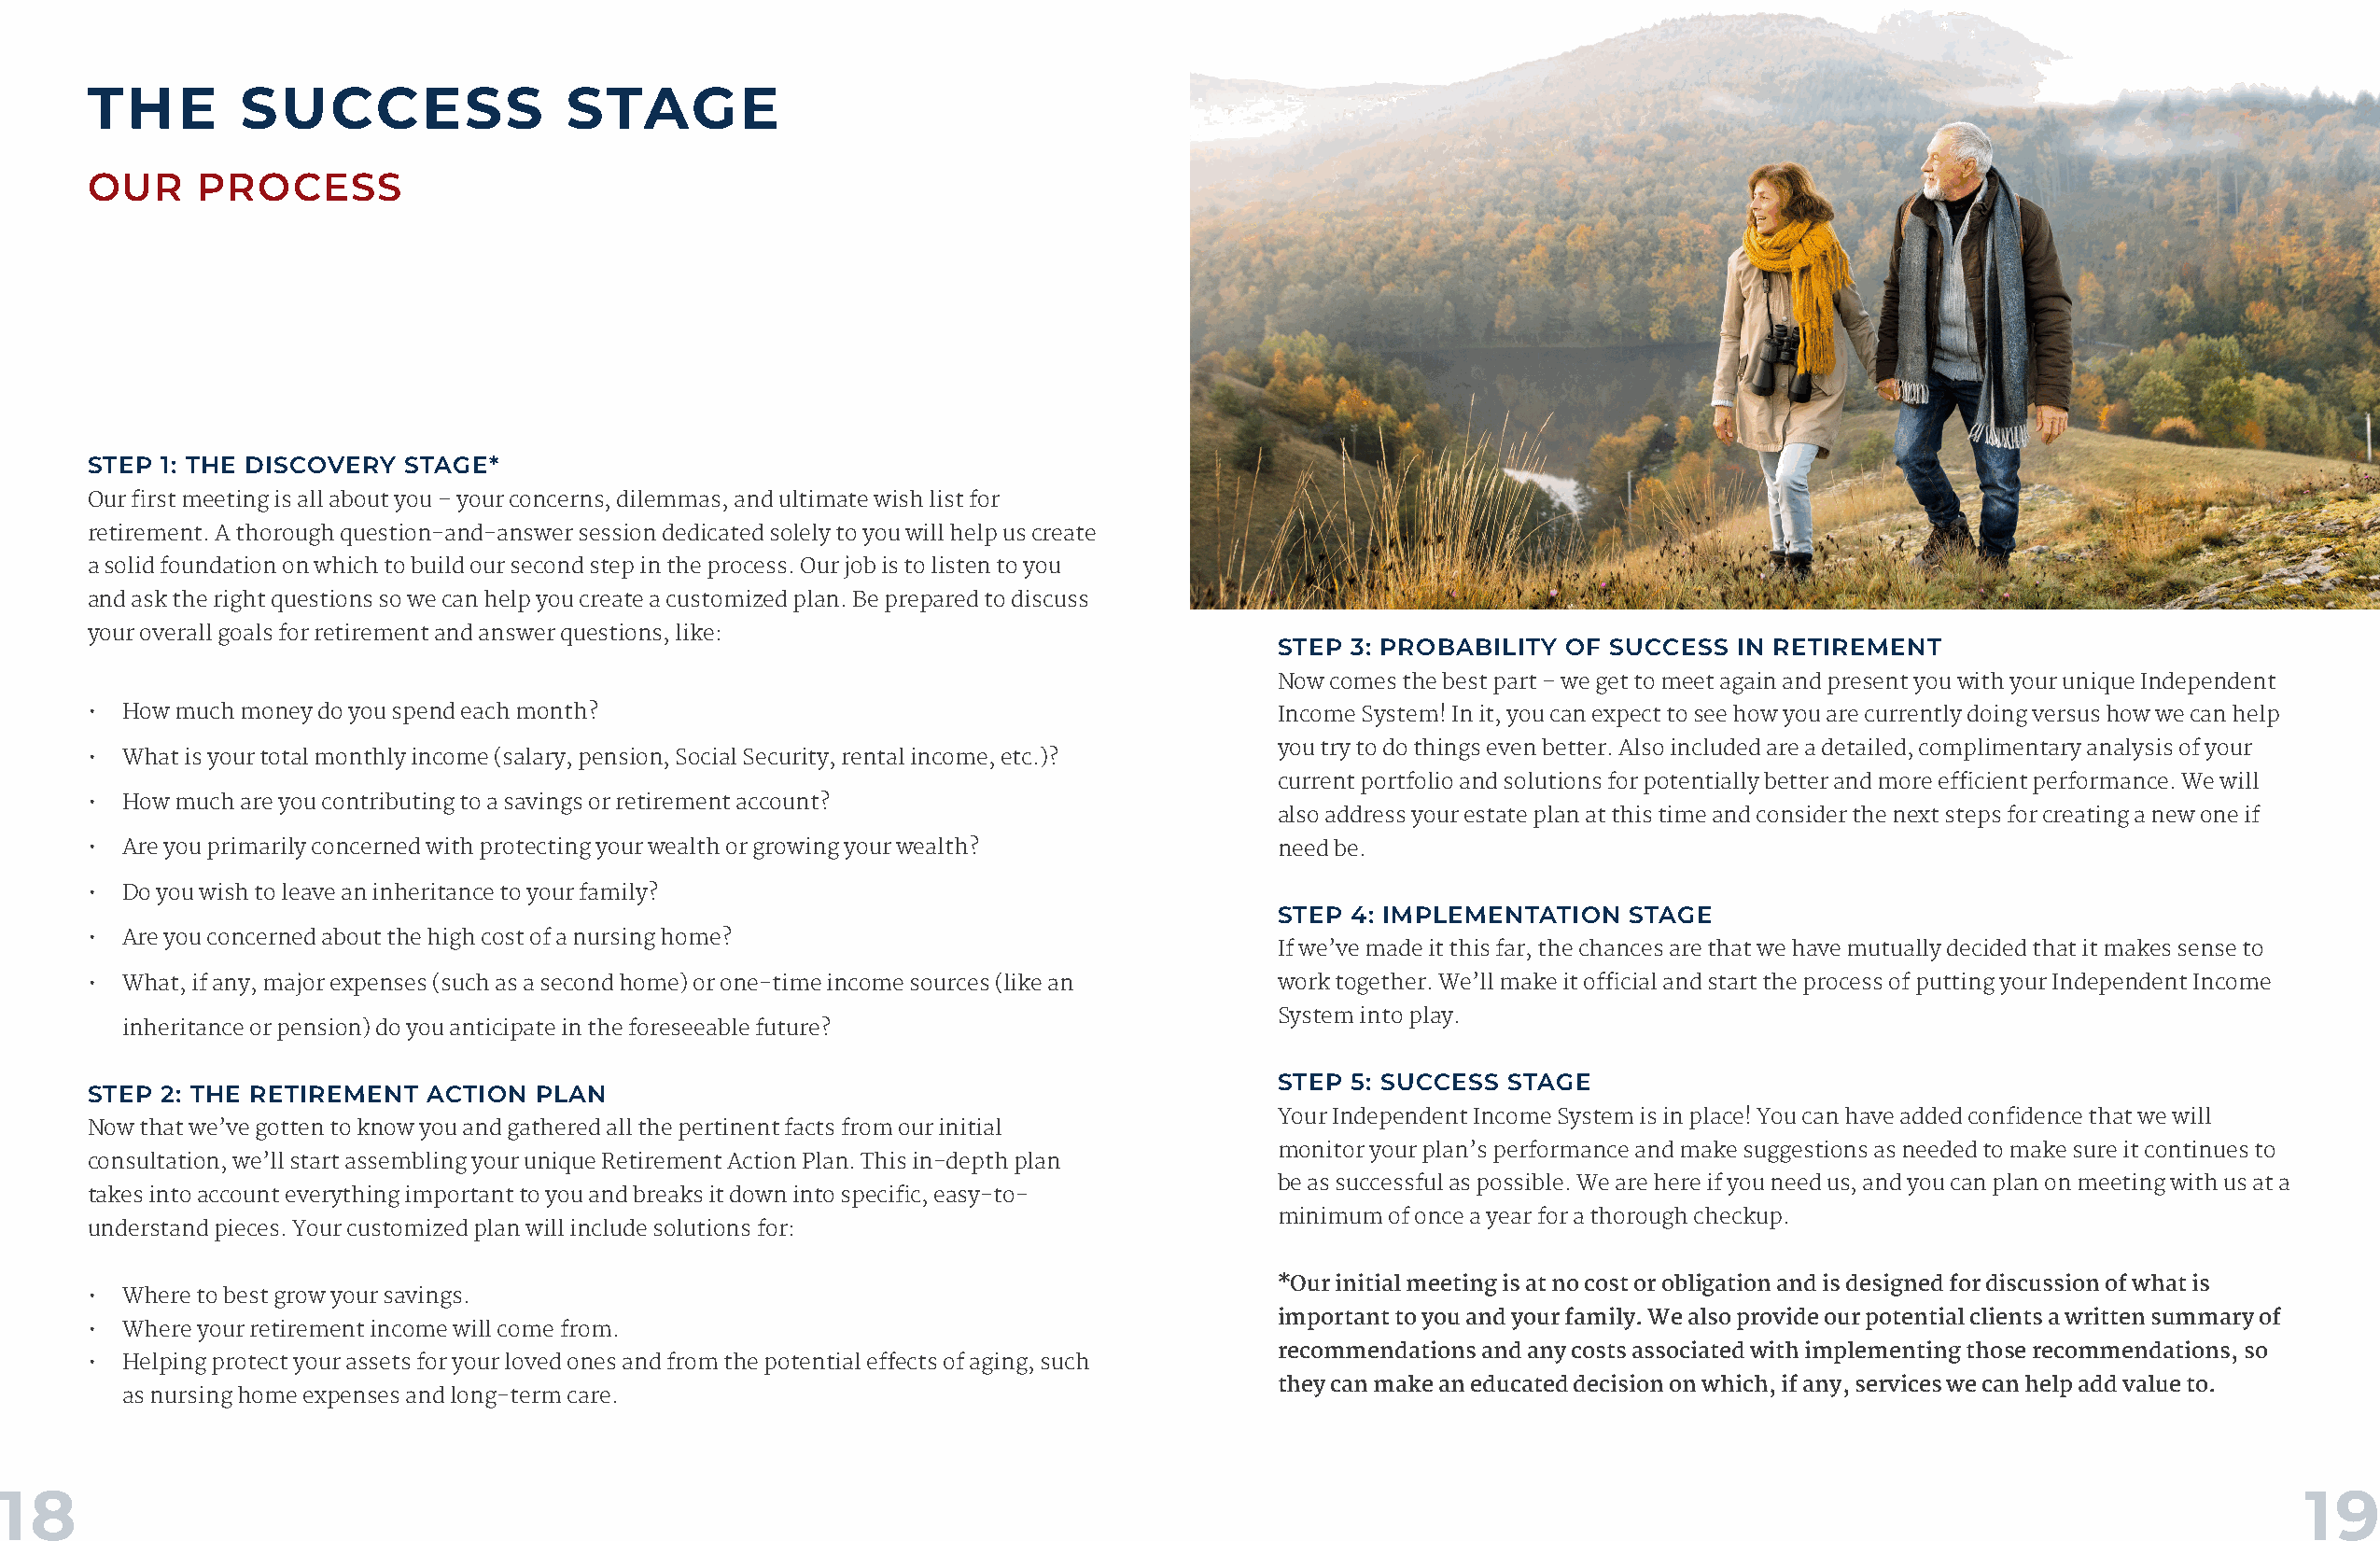
THE        SUCCESS                STAGE
 OUR     PROCESS
 STEP 1: THE DISCOVERY  STAGE*
 Our first meeting is all about you – your concerns, dilemmas, and ultimate wish list for
 retirement. A thorough question-and-answer session dedicated solely to you will help us create
 a solid foundation on which to build our second step in the process. Our job is to listen to you
 and ask the right questions so we can help you create a customized plan. Be prepared to discuss
 your overall goals for retirement and answer questions, like:
 STEP 3: PROBABILITY OF SUCCESS  IN RETIREMENT
 Now comes the best part – we get to meet again and present you with your unique Independent
 •  How much money do you spend each month?                                           Income System! In it, you can expect to see how you are currently doing versus how we can help
 you try to do things even better. Also included are a detailed, complimentary analysis of your
 •  What is your total monthly income (salary, pension, Social Security, rental income, etc.)?
 current portfolio and solutions for potentially better and more efficient performance. We will
 •  How much are you contributing to a savings or retirement account?
 also address your estate plan at this time and consider the next steps for creating a new one if
 •  Are you primarily concerned with protecting your wealth or growing your wealth?   need be.
 •  Do you wish to leave an inheritance to your family?
 STEP 4: IMPLEMENTATION   STAGE
 •  Are you concerned about the high cost of a nursing home?
 If we’ve made it this far, the chances are that we have mutually decided that it makes sense to
 •  What, if any, major expenses (such as a second home) or one-time income sources (like an work together. We’ll make it official and start the process of putting your Independent Income
 System into play.
 inheritance or pension) do you anticipate in the foreseeable future?
 STEP 5: SUCCESS STAGE
 STEP 2: THE RETIREMENT  ACTION  PLAN
 Your Independent Income System is in place! You can have added confidence that we will
 Now that we’ve gotten to know you and gathered all the pertinent facts from our initial
 monitor your plan’s performance and make suggestions as needed to make sure it continues to
 consultation, we’ll start assembling your unique Retirement Action Plan. This in-depth plan
 be as successful as possible. We are here if you need us, and you can plan on meeting with us at a
 takes into account everything important to you and breaks it down into specific, easy-to-
 minimum of once a year for a thorough checkup.
 understand pieces. Your customized plan will include solutions for:
 *Our initial meeting is at no cost or obligation and is designed for discussion of what is
 •  Where to best grow your savings.
 important to you and your family. We also provide our potential clients a written summary of
 •  Where your retirement income will come from.
 recommendations and any costs associated with implementing those recommendations, so
 •  Helping protect your assets for your loved ones and from the potential effects of aging, such
 they can make an educated decision on which, if any, services we can help add value to.
 as nursing home expenses and long-term care.
 18                                                                                                                                                                 19